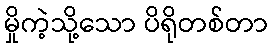
မှိုကဲ့သို့သော ပိရိုတစ်တာ